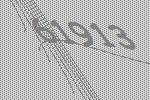
61913